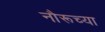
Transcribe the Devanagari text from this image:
नौरूच्या